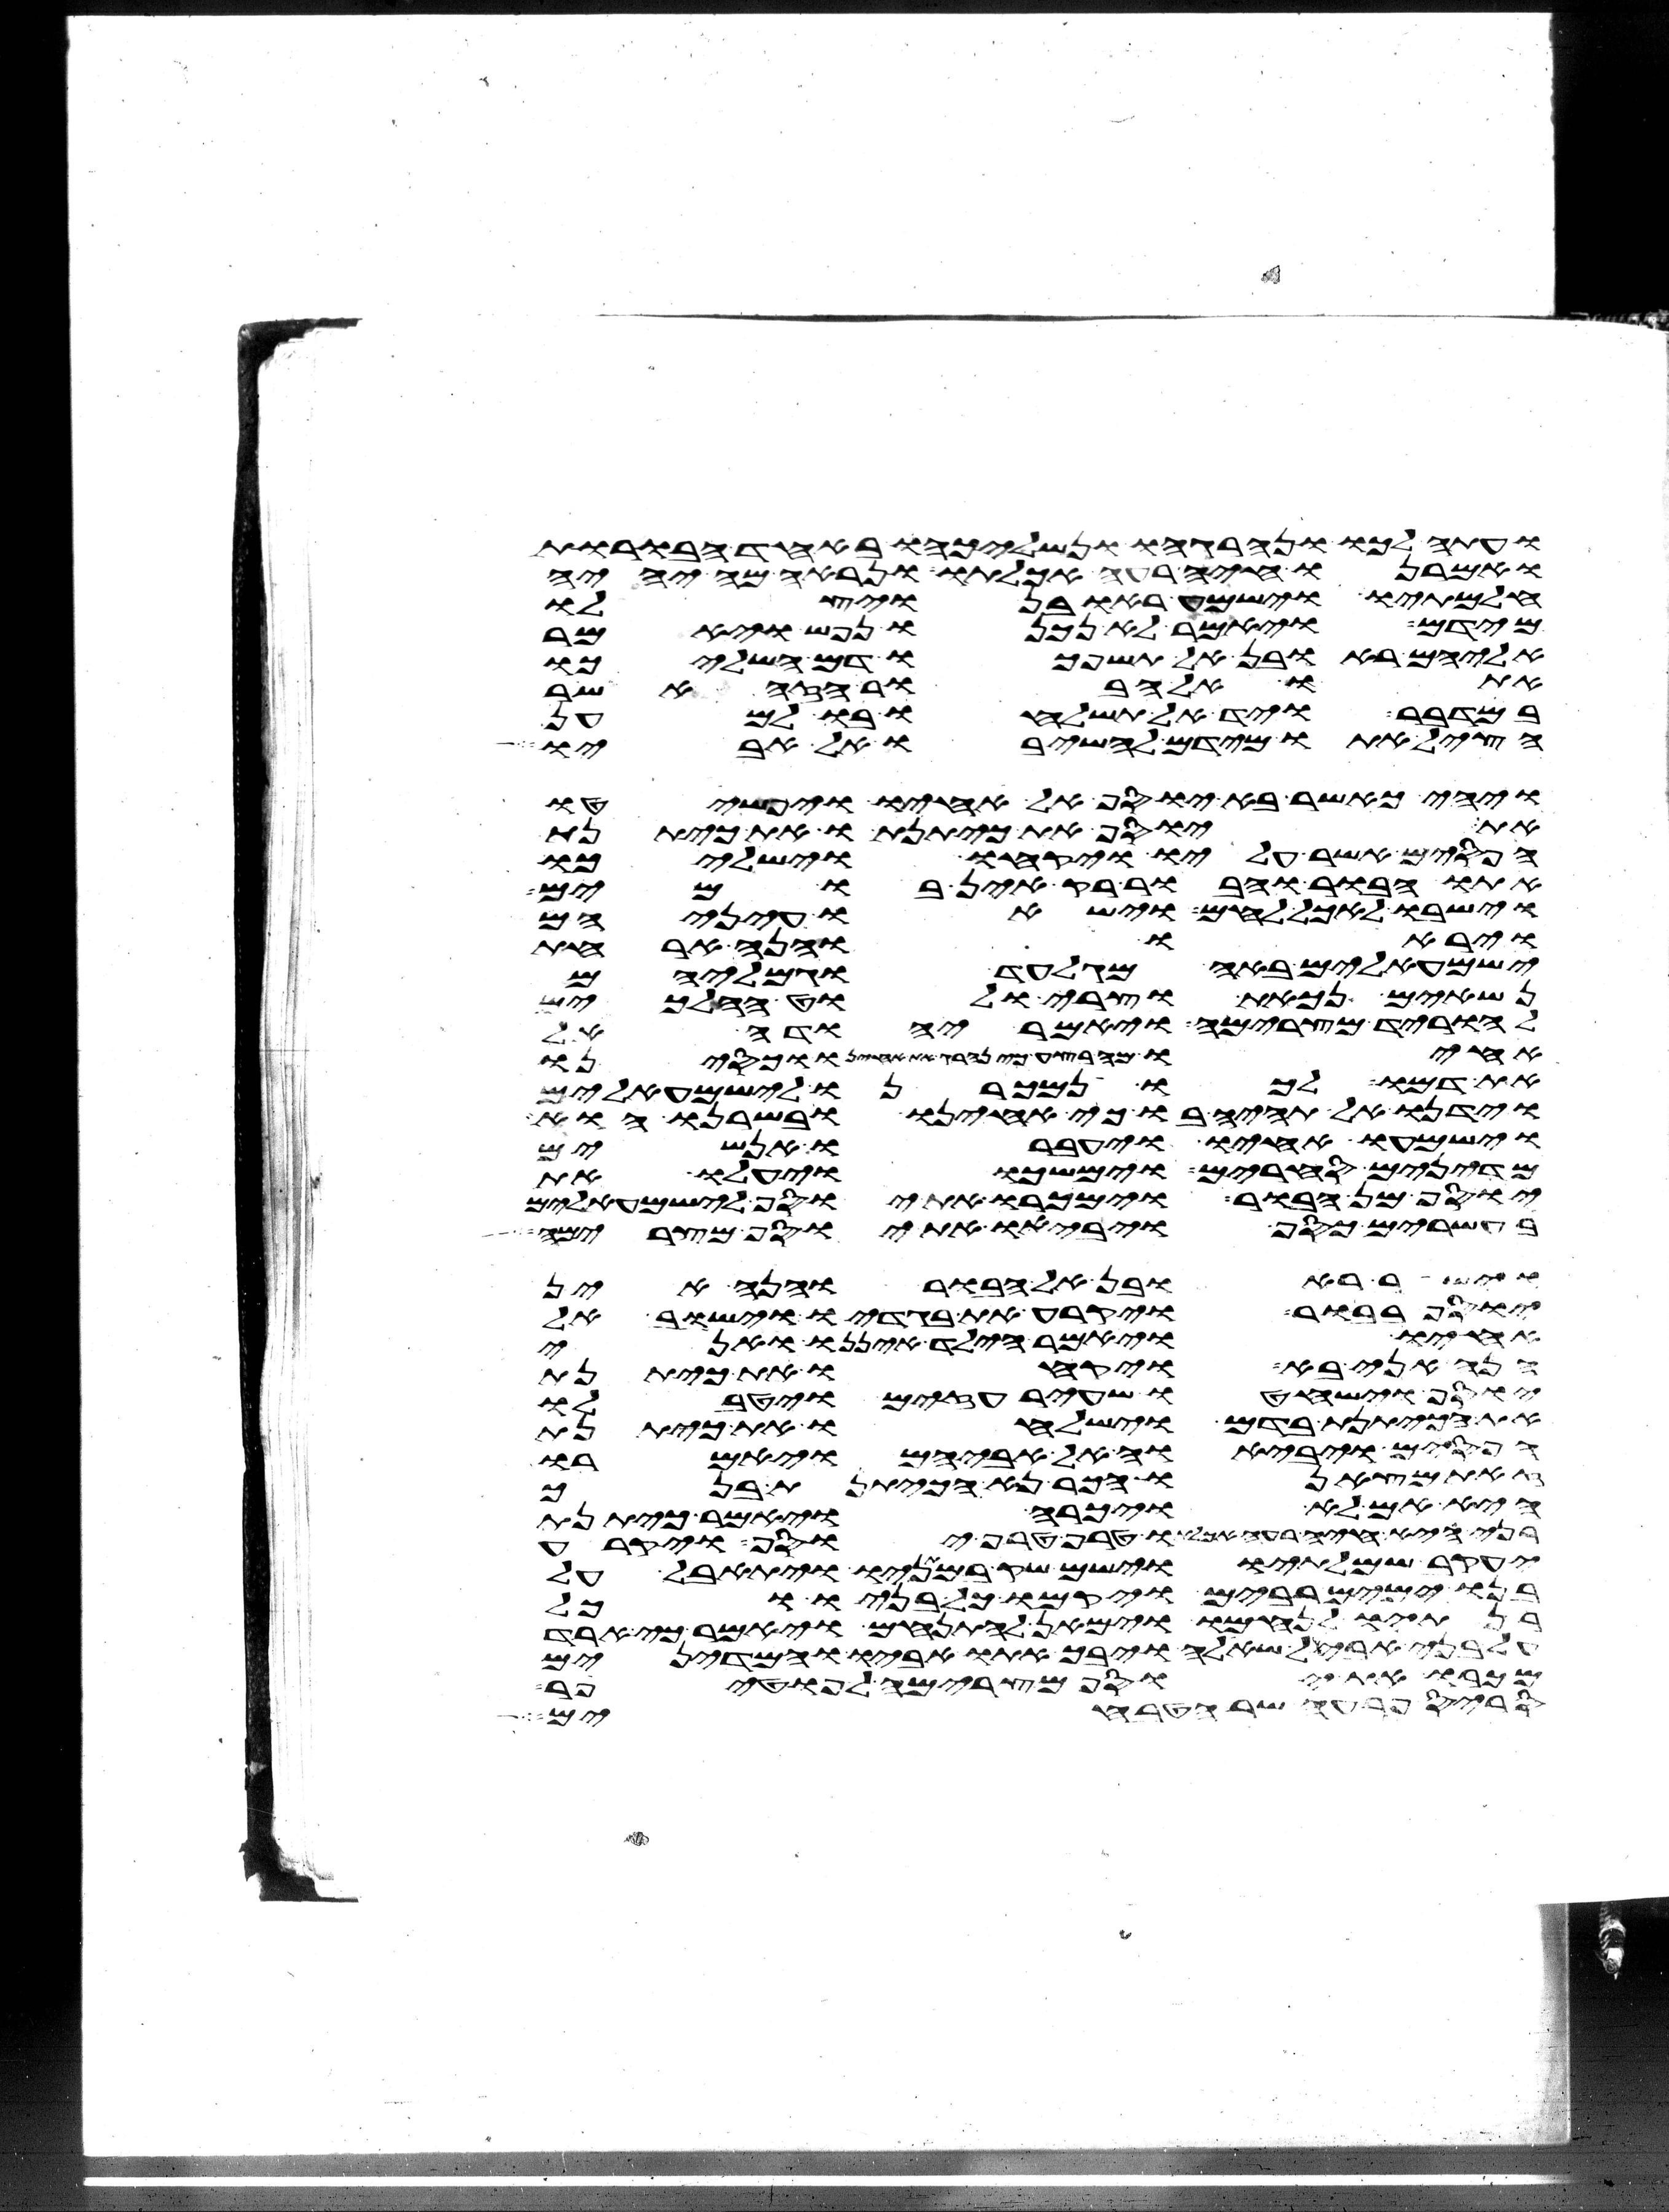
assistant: ועתה לכו ונהרגהו ונשליכהו באחד הבורות
ואמרנו חיה רעה אכלתו ונראה מה יהיה
חלמתיו וישמע ראובן ויצלו
מידם ויאמר לא נכנו נפש ויאמר
אליהם ראובן אל תשפכו דם השליכו
אתו אל הבור הזה אשר
במדבר ויד אל תשלחו בו למען
הציל אתו מידם להשיבו אל אביו
ויהי כאשר בא יוסף אל אחיו ויפשטו
את יוסף את כיתנתו את כיתנת
הפסים אשר עליו ויקחו וישלכו
אתו הבור והבור ריק אין בו מים
וישבו לאכל לחם וישאו עיניהם
ויראו והנה ארחת
ישמעאלים באה מגלעד וגמליהם
נשאים נכאת וצרי ולוט הלכים
להוריד מצרימה ויאמר יהודה אל
אחיו מה בצע כי נהרג את אחינו וכסינו
את דמו לכו נמכרנו לישמעאלים
וידנו אל תהיה בו כי אחינו ובשרנו הוא
וישמעו אחיו ויעברו אנשים
מדינים סחרים וימשכו ויעלו את
יוסף מן הבור וימכרו את יוסף לישמעאלים
בעשרים כסף ויביאו את יוסף מצרימה
וישב ראובן אל הבור והנה אין
בבור ויקרע את בגדיו וישב אל
אחיו ויאמר הילד איננו ואני
הנה אני בא ויקחו את כיתנת
יוסף וישחטו שעיר עזים ויטבלו
את הכיתנת בדם וישלחו את כיתנת
הפסים ויביאו אל אביהם ויאמרו
זאת מצאנו הכר נא הכיתנת בנך
היא אם לא ויכרה ויאמר כיתנת
בני היא חיה רעה אכלתו טרף טרף יוסף ויקרע
יעקב שמלתיו וישם שק במתניו ויתאבל על
בנו ימים רבים ויקמו כל בניו וכל
בנתיו לנחמו וימאן להתנחם ויאמר כי ארד
על בני אבל שאלה ויבך אתו אביו והמדינים
מכרו את יוסף מצרימה לפוטיפר
סריס פרעה שר הטבחים